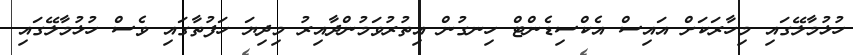
ހުޅުމާލޭގައި މިހާރަކަށް އައިސް އެކްސިޑެންޓް ހިނގުން އިތުރުވަމުންދާއިރު މިދިޔަ ހަފުތާގައި ވެސް ހުޅުމާލޭގައި